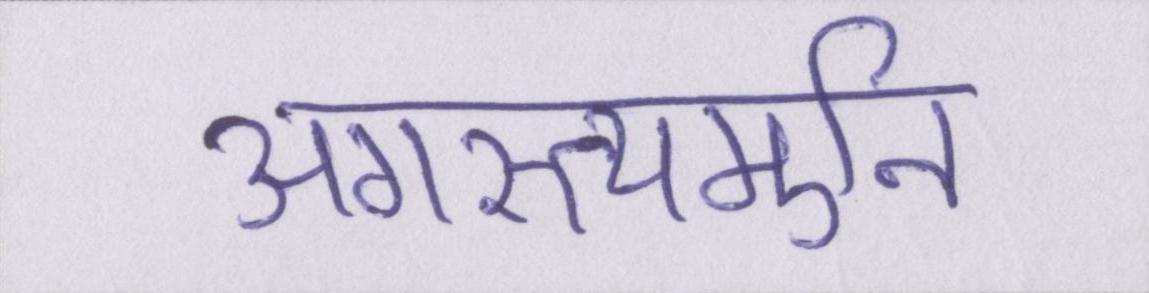
अगस्त्यमुनि